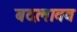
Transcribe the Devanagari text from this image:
बदलावव